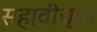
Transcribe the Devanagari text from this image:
सहावीच्या